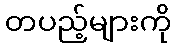
တပည့်များကို